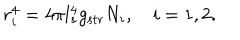
r _ { i } ^ { 4 } = 4 \pi l _ { s } ^ { 4 } g _ { \mathrm { s t r } } N _ { i } , \quad i = 1 , 2 .